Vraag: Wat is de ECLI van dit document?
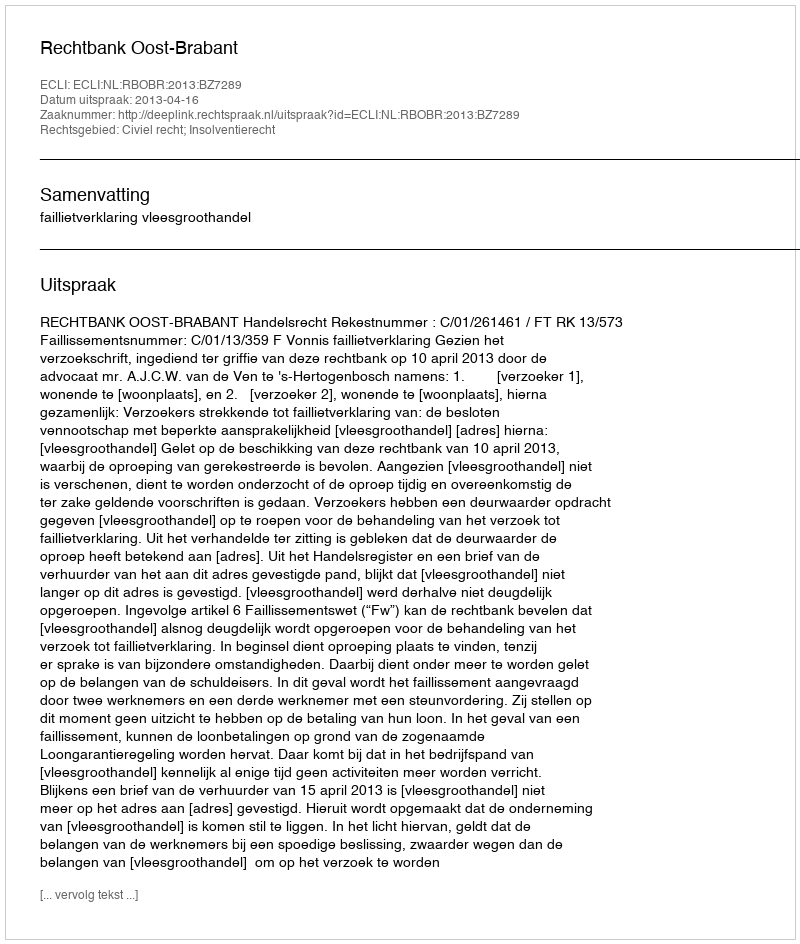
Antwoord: ECLI:NL:RBOBR:2013:BZ7289